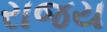
રાજય